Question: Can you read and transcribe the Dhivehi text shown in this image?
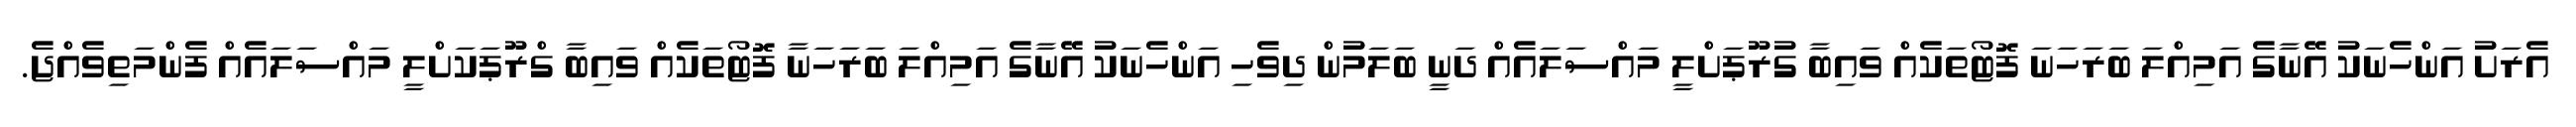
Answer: އެރަށު އަންހެނަކު އޭނާގެ އަމިއްލަ ބަރަހަނަ ފޮޓޯތަކެއް ވައިބާ ގުރޫޕަށްލީ މައްސަލައެއް ދަނީ ބަލަމުން ދިވެހި އަންހެނަކު އޭނާގެ އަމިއްލަ ބަރަހަނާ ފޮޓޯތަކެއް ވައިބާ ގްރޫޕަކަށްލީ މައްސަލައެއް ފެންމަތިވެއްޖެ.